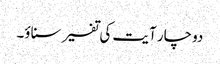
دوچار آیت کی تفسیر سناؤ۔